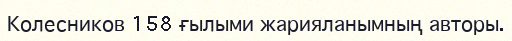
Колесников 158 ғылыми жарияланымның авторы.